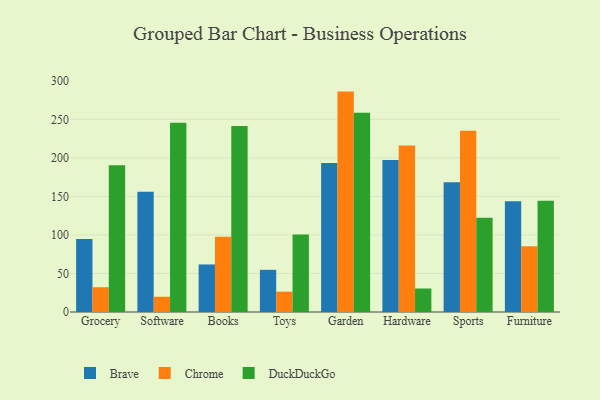
{"axis": {"x": "Category", "y": "Operating Costs (USD K)"}, "legend": ["Brave", "Chrome", "DuckDuckGo"], "data": [{"x": "Grocery", "y": 94.6, "type": "Brave"}, {"x": "Grocery", "y": 32.2, "type": "Chrome"}, {"x": "Grocery", "y": 190.3, "type": "DuckDuckGo"}, {"x": "Software", "y": 156.0, "type": "Brave"}, {"x": "Software", "y": 19.8, "type": "Chrome"}, {"x": "Software", "y": 245.6, "type": "DuckDuckGo"}, {"x": "Books", "y": 61.7, "type": "Brave"}, {"x": "Books", "y": 97.6, "type": "Chrome"}, {"x": "Books", "y": 241.3, "type": "DuckDuckGo"}, {"x": "Toys", "y": 54.7, "type": "Brave"}, {"x": "Toys", "y": 26.4, "type": "Chrome"}, {"x": "Toys", "y": 100.6, "type": "DuckDuckGo"}, {"x": "Garden", "y": 193.5, "type": "Brave"}, {"x": "Garden", "y": 286.0, "type": "Chrome"}, {"x": "Garden", "y": 258.6, "type": "DuckDuckGo"}, {"x": "Hardware", "y": 197.3, "type": "Brave"}, {"x": "Hardware", "y": 216.1, "type": "Chrome"}, {"x": "Hardware", "y": 30.5, "type": "DuckDuckGo"}, {"x": "Sports", "y": 168.3, "type": "Brave"}, {"x": "Sports", "y": 235.1, "type": "Chrome"}, {"x": "Sports", "y": 122.4, "type": "DuckDuckGo"}, {"x": "Furniture", "y": 143.6, "type": "Brave"}, {"x": "Furniture", "y": 85.2, "type": "Chrome"}, {"x": "Furniture", "y": 144.5, "type": "DuckDuckGo"}]}